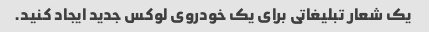
یک شعار تبلیغاتی برای یک خودروی لوکس جدید ایجاد کنید.